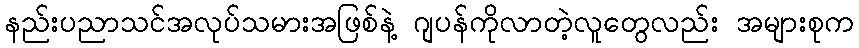
နည်းပညာသင်အလုပ်သမားအဖြစ်နဲ့ ဂျပန်ကိုလာတဲ့လူတွေလည်း အများစုက